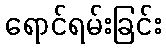
ရောင်ရမ်းခြင်း